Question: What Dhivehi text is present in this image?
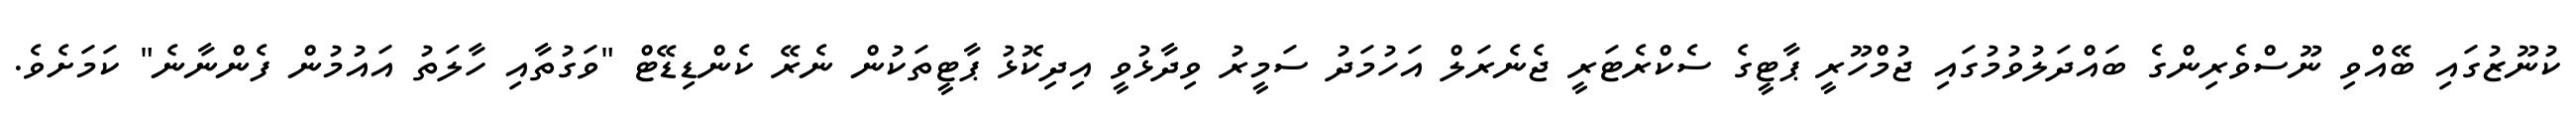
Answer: ކުނޫޒުގައި ބޭއްވި ނޫސްވެރިންގެ ބައްދަލުވުމުގައި ޖުމްހޫރީ ޕާޓީގެ ސެކްރެޓަރީ ޖެނެރަލް އަހުމަދު ސަމީރު ވިދާޅުވީ އިދިކޮޅު ޕާޓީތަކުން ނެރޭ ކެންޑިޑޭޓް "ވަގުތާއި ހާލަތު އައުމުން ފެންނާނެ" ކަމަށެވެ.